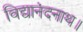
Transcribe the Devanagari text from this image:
विद्यानंदनाथ।